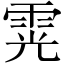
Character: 䨔